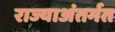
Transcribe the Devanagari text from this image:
राज्याअंतर्गत